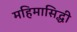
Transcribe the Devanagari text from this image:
महिमासिद्धी